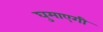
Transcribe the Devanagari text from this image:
घुमाएगी